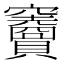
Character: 𥩐